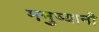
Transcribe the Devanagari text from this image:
मनुष्यानी